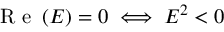
\mathrm { ~ R ~ e ~ } \left( E \right) = 0 \iff E ^ { 2 } < 0